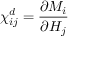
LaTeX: \chi _ { i j } ^ { d } = { \frac { \partial M _ { i } } { \partial H _ { j } } }